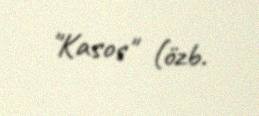
"Kasos" (özb.